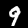
Label: 9